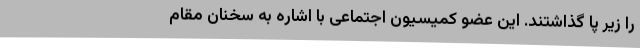
را زیر پا گذاشتند. این عضو کمیسیون اجتماعی با اشاره به سخنان مقام